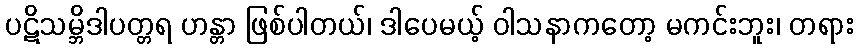
ပဋိသမ္ဘိဒါပတ္တရ ဟန္တာ ဖြစ်ပါတယ်၊ ဒါပေမယ့် ဝါသနာကတော့ မကင်းဘူး၊ တရား